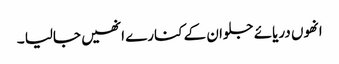
انھوں دریائے جلوان کے کنارے انھیں جالیا ۔